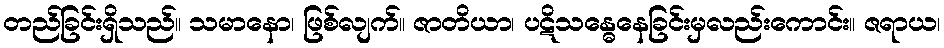
တည်ခြင်းရှိသည်။ သမာနော၊ ဖြစ်လျက်။ ဇာတိယာ၊ ပဋိသန္ဓေနေခြင်းမှလည်းကောင်း။ ဇရာယ၊